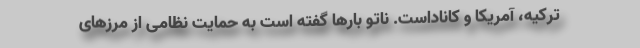
ترکیه، آمریکا و کاناداست. ناتو بارها گفته است به حمایت نظامی از مرزهای